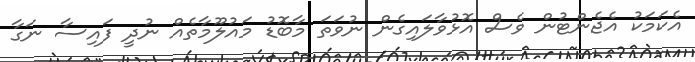
އެކަމަކު އެޖެންޓުން ވެސް އޮޅުވާލައިގެން ނުވަތަ މާބޮޑު މައުލޫމާތެއް ނުދީ ފައިސާ ނަގާ